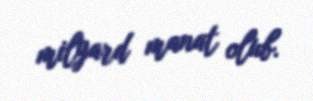
milyard manat olub.